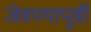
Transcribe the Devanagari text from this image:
जेवण्यापूर्वी